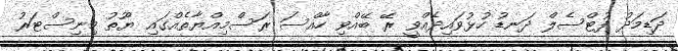
ދަޑިމަދު ފުޓްސެލް ދަނޑު ހުޅުވައިދެއްވީ ރޭ ބޭއްވި ހާއްސަ ރަސްމިއްޔާތެއްގައި ޔޫތު މިނިސްޓަރު